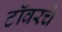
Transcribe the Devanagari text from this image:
टॉवरचे